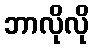
ဘာလိုလို